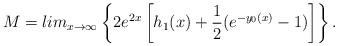
LaTeX: \begin{align*}M = lim_{x \rightarrow \infty}\left\{2e^{2x}\left[h_1(x) + \frac{1}{2}(e^{-y_0(x)} - 1)\right] \right\}.\end{align*}